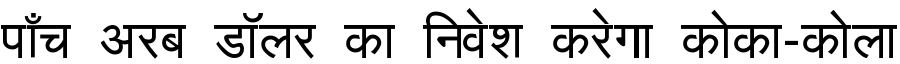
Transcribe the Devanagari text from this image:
पाँच अरब डॉलर का निवेश करेगा कोका-कोला